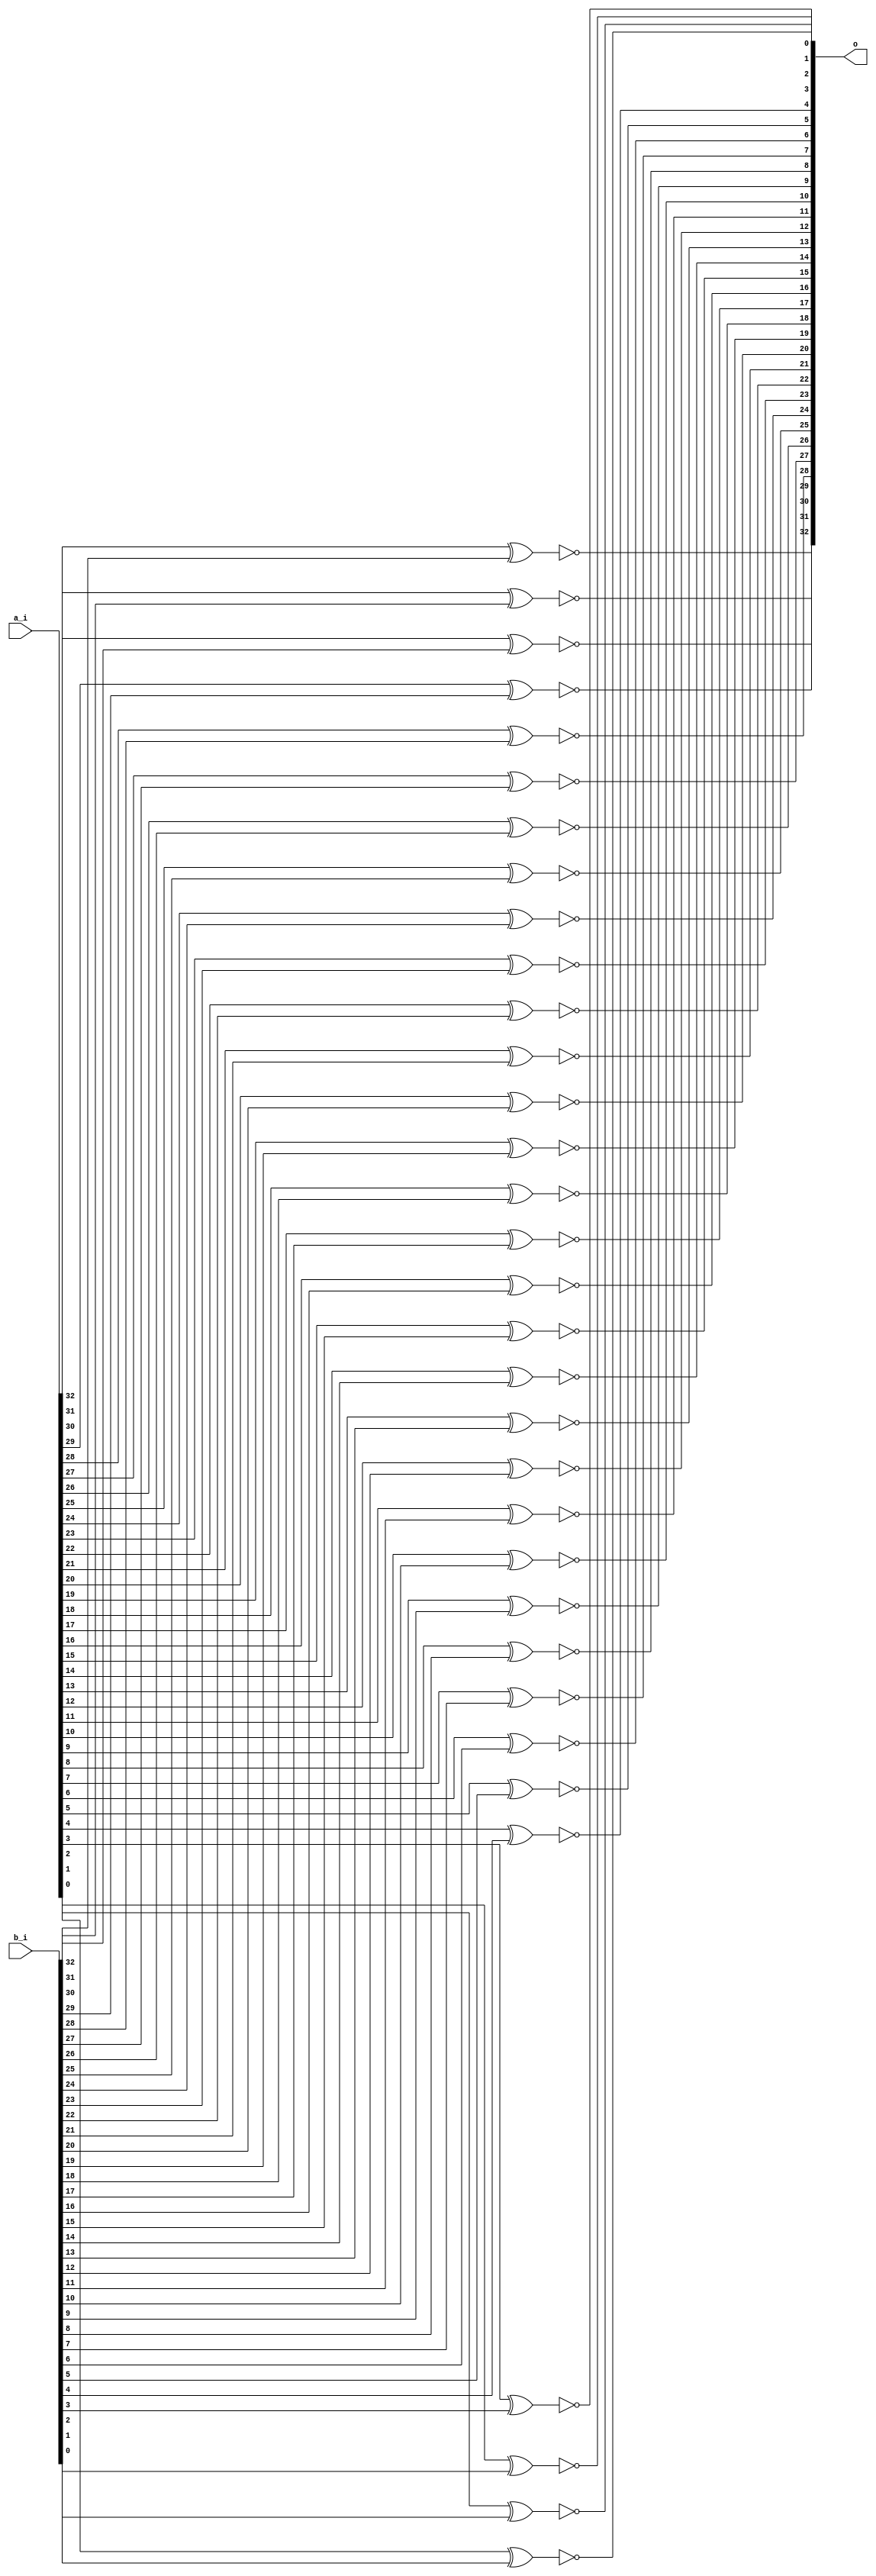
// This program was cloned from: https://github.com/NYU-MLDA/OpenABC
// License: BSD 3-Clause "New" or "Revised" License

module bsg_xnor_width_p33
(
  a_i,
  b_i,
  o
);

  input [32:0] a_i;
  input [32:0] b_i;
  output [32:0] o;
  wire [32:0] o;
  wire N0,N1,N2,N3,N4,N5,N6,N7,N8,N9,N10,N11,N12,N13,N14,N15,N16,N17,N18,N19,N20,N21,
  N22,N23,N24,N25,N26,N27,N28,N29,N30,N31,N32;
  assign o[32] = ~N0;
  assign N0 = a_i[32] ^ b_i[32];
  assign o[31] = ~N1;
  assign N1 = a_i[31] ^ b_i[31];
  assign o[30] = ~N2;
  assign N2 = a_i[30] ^ b_i[30];
  assign o[29] = ~N3;
  assign N3 = a_i[29] ^ b_i[29];
  assign o[28] = ~N4;
  assign N4 = a_i[28] ^ b_i[28];
  assign o[27] = ~N5;
  assign N5 = a_i[27] ^ b_i[27];
  assign o[26] = ~N6;
  assign N6 = a_i[26] ^ b_i[26];
  assign o[25] = ~N7;
  assign N7 = a_i[25] ^ b_i[25];
  assign o[24] = ~N8;
  assign N8 = a_i[24] ^ b_i[24];
  assign o[23] = ~N9;
  assign N9 = a_i[23] ^ b_i[23];
  assign o[22] = ~N10;
  assign N10 = a_i[22] ^ b_i[22];
  assign o[21] = ~N11;
  assign N11 = a_i[21] ^ b_i[21];
  assign o[20] = ~N12;
  assign N12 = a_i[20] ^ b_i[20];
  assign o[19] = ~N13;
  assign N13 = a_i[19] ^ b_i[19];
  assign o[18] = ~N14;
  assign N14 = a_i[18] ^ b_i[18];
  assign o[17] = ~N15;
  assign N15 = a_i[17] ^ b_i[17];
  assign o[16] = ~N16;
  assign N16 = a_i[16] ^ b_i[16];
  assign o[15] = ~N17;
  assign N17 = a_i[15] ^ b_i[15];
  assign o[14] = ~N18;
  assign N18 = a_i[14] ^ b_i[14];
  assign o[13] = ~N19;
  assign N19 = a_i[13] ^ b_i[13];
  assign o[12] = ~N20;
  assign N20 = a_i[12] ^ b_i[12];
  assign o[11] = ~N21;
  assign N21 = a_i[11] ^ b_i[11];
  assign o[10] = ~N22;
  assign N22 = a_i[10] ^ b_i[10];
  assign o[9] = ~N23;
  assign N23 = a_i[9] ^ b_i[9];
  assign o[8] = ~N24;
  assign N24 = a_i[8] ^ b_i[8];
  assign o[7] = ~N25;
  assign N25 = a_i[7] ^ b_i[7];
  assign o[6] = ~N26;
  assign N26 = a_i[6] ^ b_i[6];
  assign o[5] = ~N27;
  assign N27 = a_i[5] ^ b_i[5];
  assign o[4] = ~N28;
  assign N28 = a_i[4] ^ b_i[4];
  assign o[3] = ~N29;
  assign N29 = a_i[3] ^ b_i[3];
  assign o[2] = ~N30;
  assign N30 = a_i[2] ^ b_i[2];
  assign o[1] = ~N31;
  assign N31 = a_i[1] ^ b_i[1];
  assign o[0] = ~N32;
  assign N32 = a_i[0] ^ b_i[0];

endmodule